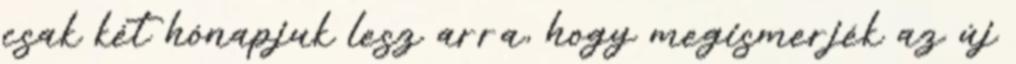
csak két hónapjuk lesz arra, hogy megismerjék az új